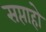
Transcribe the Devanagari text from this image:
सप्ताहो